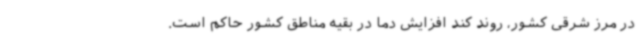
در مرز شرقی کشور، روند کند افزایش دما در بقیه مناطق کشور حاکم است.